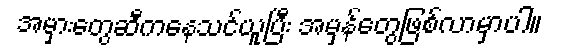
အမှားတွေဆီကနေသင်ယူပြီး အမှန်တွေဖြစ်လာမှာပါ။